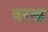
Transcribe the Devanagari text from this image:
वरख